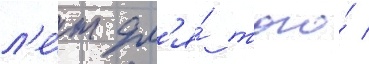
л'е́т дл'я́ того́ /